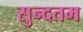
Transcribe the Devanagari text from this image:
सुन्दतम